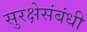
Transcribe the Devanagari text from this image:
सुरक्षेसंबंधी